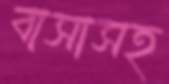
বাসাসহ